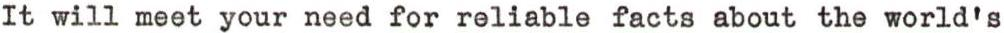
It will meet your need for reliable facts about the world's